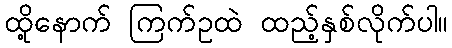
ထို့နောက် ကြက်ဥထဲ ထည့်နှစ်လိုက်ပါ။